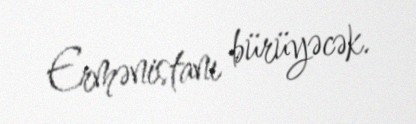
Ermənistanı bürüyəcək.